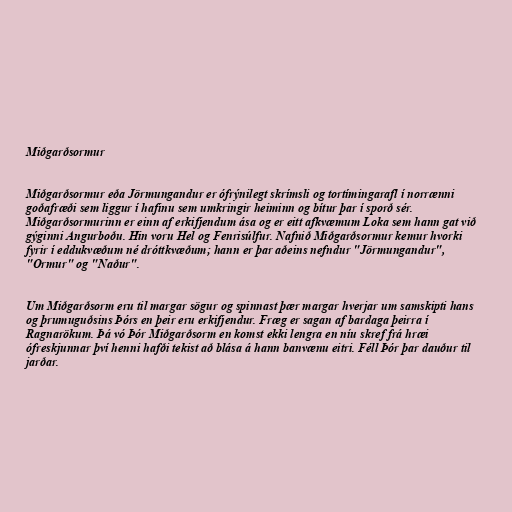
Miðgarðsormur

Miðgarðsormur eða Jörmungandur er ófrýnilegt skrímsli og tortímingarafl í norrænni
goðafræði sem liggur í hafinu sem umkringir heiminn og bítur þar í sporð sér.
Miðgarðsormurinn er einn af erkifjendum ása og er eitt afkvæmum Loka sem hann gat við
gýginni Angurboðu. Hin voru Hel og Fenrisúlfur. Nafnið Miðgarðsormur kemur hvorki
fyrir í eddukvæðum né dróttkvæðum; hann er þar aðeins nefndur "Jörmungandur",
"Ormur" og "Naður".

Um Miðgarðsorm eru til margar sögur og spinnast þær margar hverjar um samskipti hans
og þrumuguðsins Þórs en þeir eru erkifjendur. Fræg er sagan af bardaga þeirra í
Ragnarökum. Þá vó Þór Miðgarðsorm en komst ekki lengra en níu skref frá hræi
ófreskjunnar því henni hafði tekist að blása á hann banvænu eitri. Féll Þór þar dauður til
jarðar.